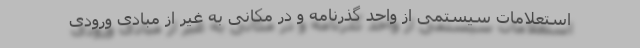
استعلامات سیستمی از واحد گذرنامه و در مکانی به غیر از مبادی ورودی